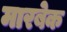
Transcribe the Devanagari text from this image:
मारबेक